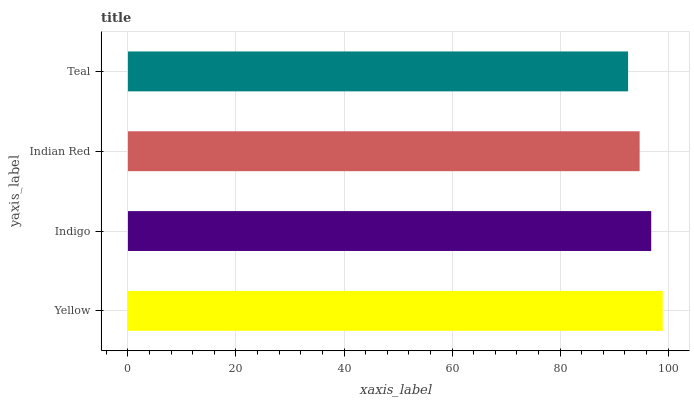
| yaxis_label | bars |
 | --- | --- |
 | Yellow | 99 |
 | Indigo | 96.9 |
 | Indian Red | 94.7 |
 | Teal | 92.6 |